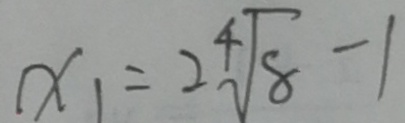
x _ { 1 } = 2 ^ { 4 } \sqrt { 8 } - 1